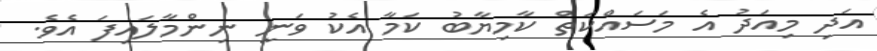
އަދި މިއަދު އެ މަސައްކަތް ކާމިޔާބު ކަމާ އެކު ވަނީ ނިންމާލައިފަ އެވެ.